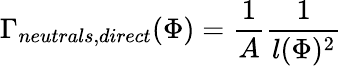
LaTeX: \Gamma_{neutrals,direct}(\Phi)=\frac{1}{A}\frac{1}{l(\Phi)^{2}}